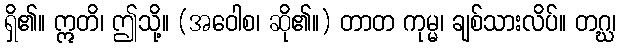
ရှိ၏။ ဣတိ၊ ဤသို့။ (အဝေါစ၊ ဆို၏။) တာတ ကုမ္မ၊ ချစ်သားလိပ်။ တဂ္ဃ၊